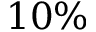
1 0 \%